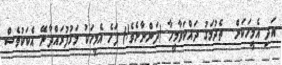
އަދި އެމީހަކަށް  ތެދުމަގު ދައްކަވާމީހާ (ދަންނާށެވެ!) ފަހެ އެމީހަކު މަގުފުރައްދާނޭ އެކަކުވެސް